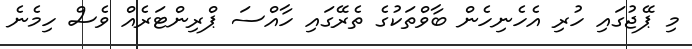
މި ޕޭޖުގައި ހުރި އެހެނިހެން ބާވްތަކުގެ ތެރޭގައި ހާއްސަ ޕްރިންޓަރެއް ވެސް ހިމެނެ